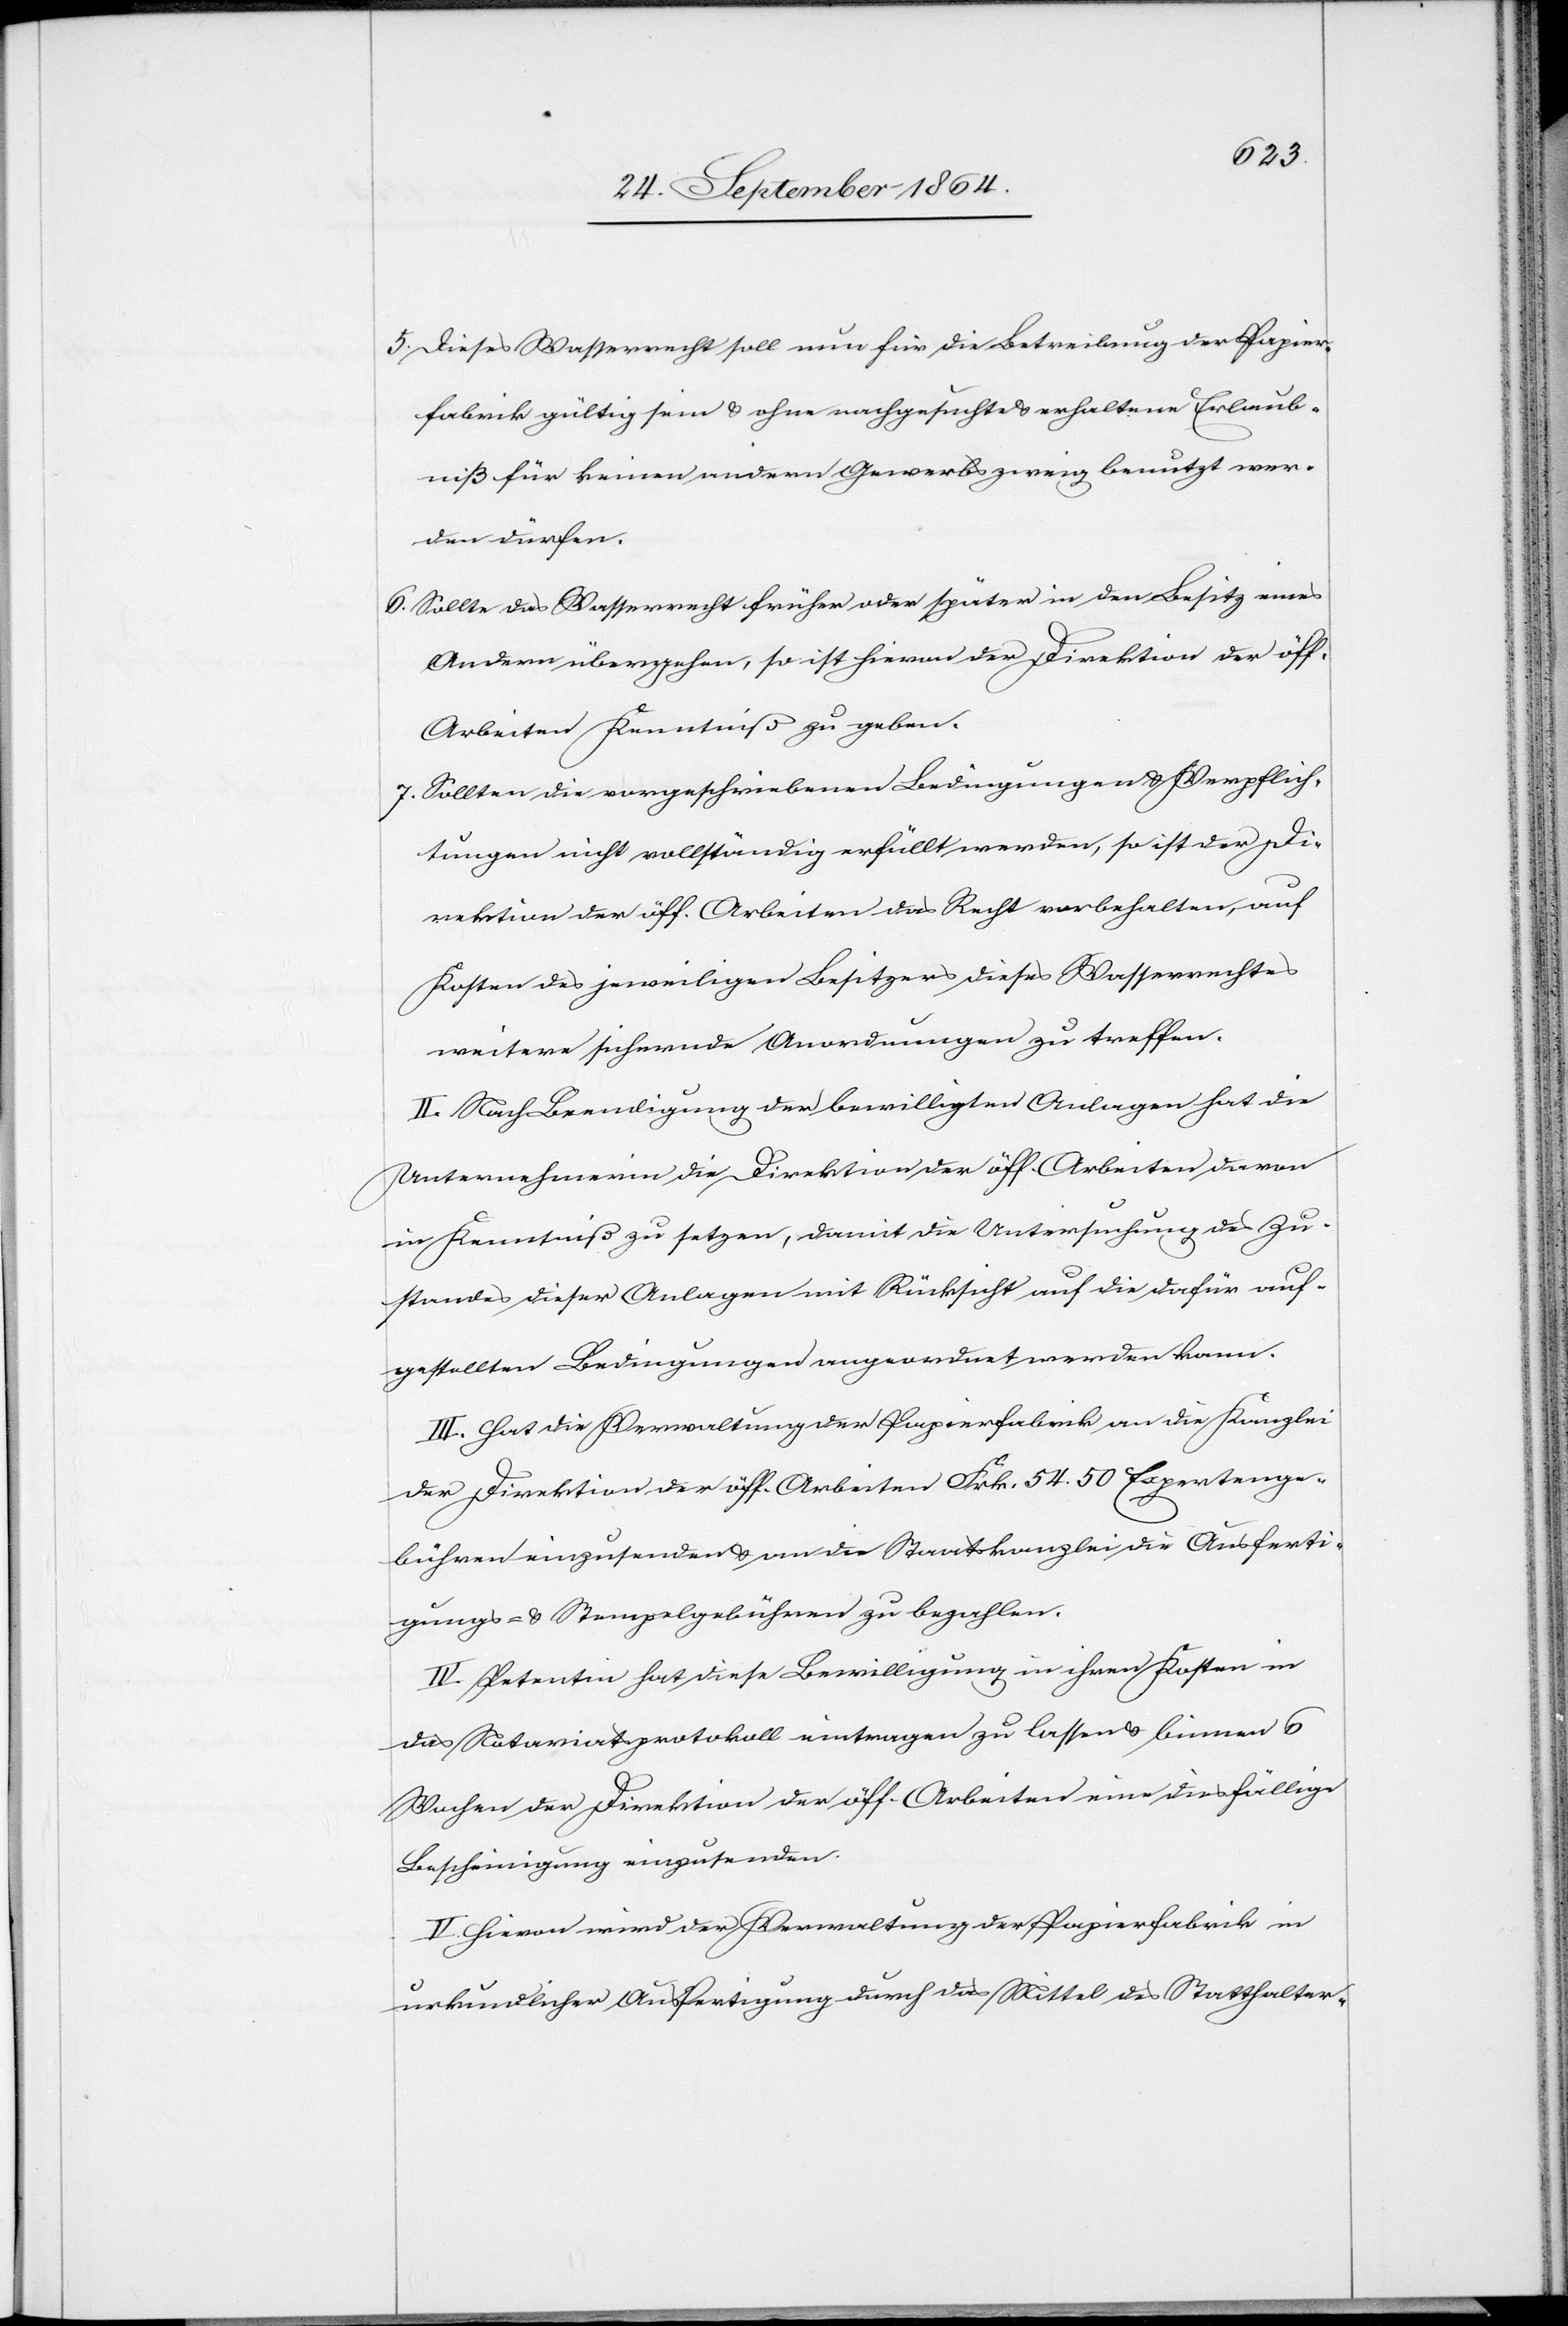
5)	Dieses Wasserrecht soll nun [sic!] für die Betreibung der Papier¬
fabrik gültig sein & ohne nachgesuchte & erhaltene Erlaub¬
niß für keinen andern Gewerbszweig benutzt wer¬
den dürfen.
6)	Sollte das Wasserrecht früher oder später in den Besitz eines
Andern übergehen, so ist hievon der Direktion der öff.
Arbeiten Kenntniß zu geben.
7)	Sollten die vorgeschriebenen Bedingungen & Verpflich¬
tungen nicht vollständig erfüllt werden, so ist der Di¬
rektion der öff. Arbeiten das Recht vorbehalten, auf
Kosten des jeweiligen Besitzers dieses Wasserrechtes
weitere sichernde Anordnungen zu treffen.
II. Nach Beendigung der bewilligten Anlagen hat die
Unternehmerin die Direktion der öff. Arbeiten davon
in Kenntniß zu setzen, damit die Untersuchung des Zu¬
standes dieser Anlagen mit Rücksicht auf die dafür auf¬
gestellten Bedingungen angeordnet werden kann.
III. Hat die Verwaltung der Papierfabrik an die Kanzlei
der Direktion der öff. Arbeiten Frk. 54.50 Expertenge¬
bühren einzusenden & an die Staatskanzlei die Ausferti¬
gungs- & Stempelgebühren zu bezahlen.
IV. Petentin hat diese Bewilligung in ihren Kosten in
das Notariatsprotokoll eintragen zu lassen & binnen 6
Wochen der Direktion der öff. Arbeiten eine diesfällige
Bescheinigung einzusenden.
V. Hievon wird der Verwaltung der Papierfabrik in
urkundlicher Ausfertigung durch das Mittel des Statthalter-